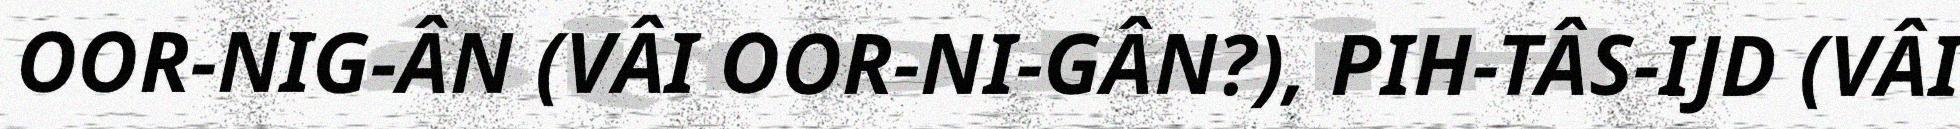
OOR-NIG-ÂN (VÂI OOR-NI-GÂN?), PIH-TÂS-IJD (VÂI